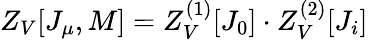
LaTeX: Z_{V}[J_{\mu},M]=Z_{V}^{(1)}[J_{0}]\cdot Z_{V}^{(2)}[J_{i}]